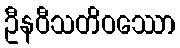
ဦနဝီသတိဝဿော